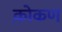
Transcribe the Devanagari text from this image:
को़कण